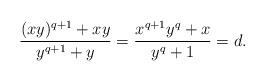
LaTeX: \begin{align*}\frac{(xy)^{q+1} + xy}{y^{q+1} + y} = \frac{x^{q+1}y^q + x}{y^{q} + 1} = d.\end{align*}